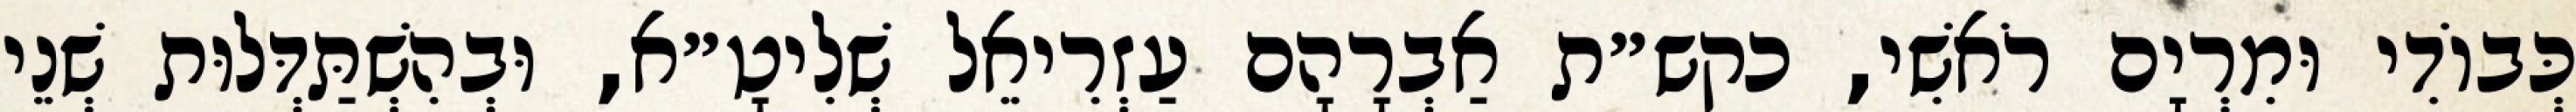
כְּבוֹדִי וּמִרְיָם רֹאשִׁי, כקש״ת אַבְרָהָם עַזְרִיאֵל שְׁלִיטָ״א, וּבְהִשְׁתַּדְּלוּת שְׁנֵי